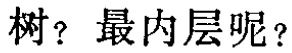
树？最内层呢？